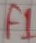
Text: F1